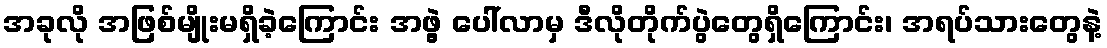
အခုလို အဖြစ်မျိုးမရှိခဲ့ကြောင်း အဖွဲ့ ပေါ်လာမှ ဒီလိုတိုက်ပွဲတွေရှိကြောင်း၊ အရပ်သားတွေနဲ့